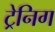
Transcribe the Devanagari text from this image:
ट्रेनिग